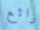
رائع